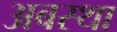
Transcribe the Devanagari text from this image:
अबस्था